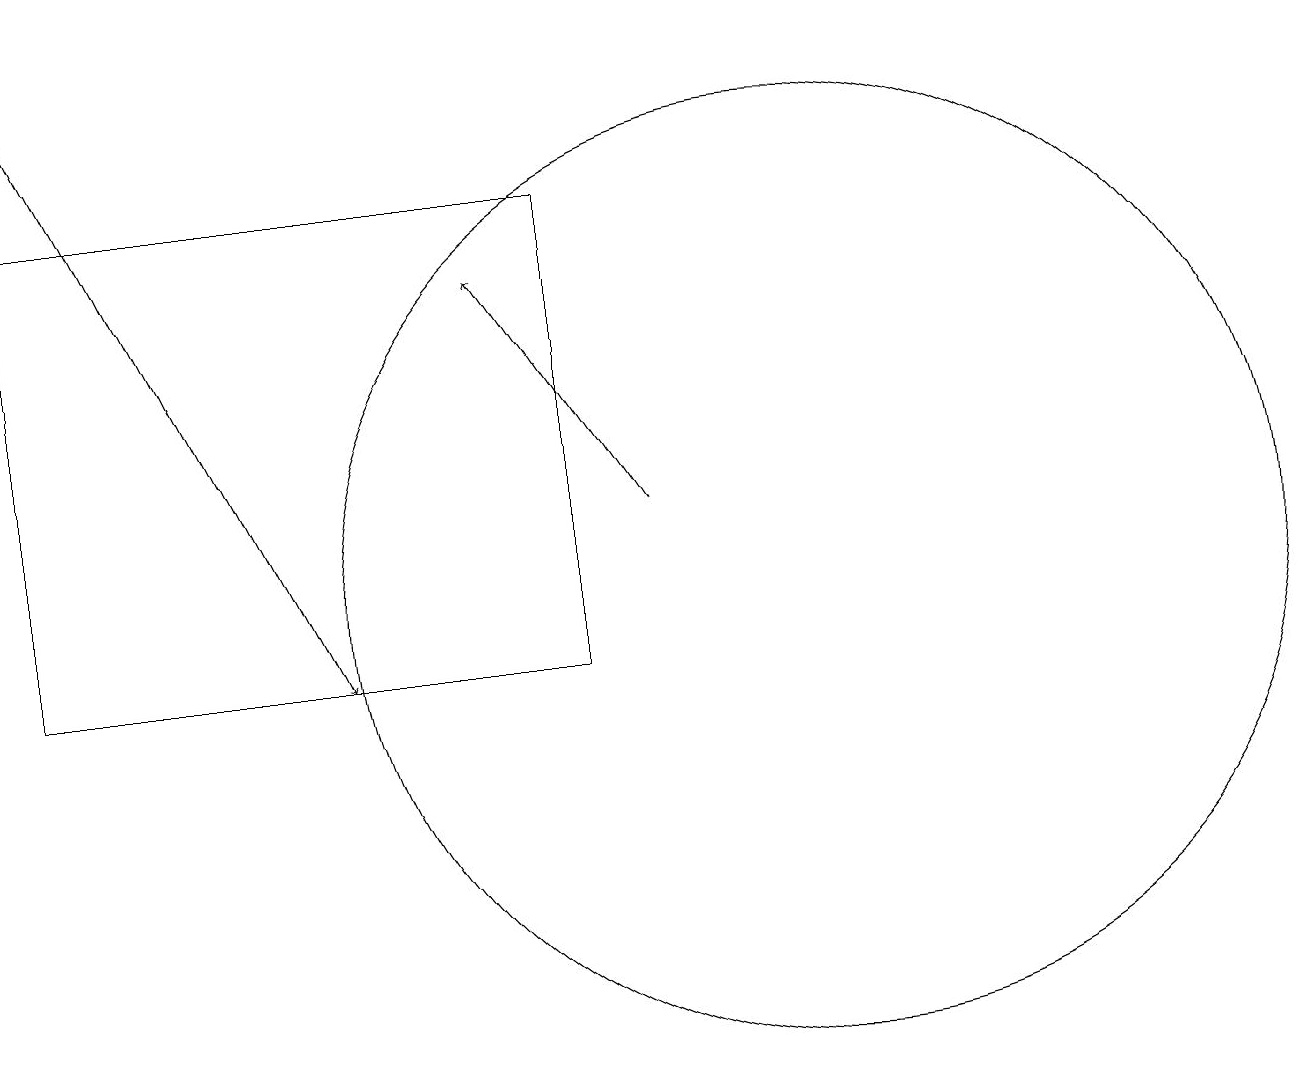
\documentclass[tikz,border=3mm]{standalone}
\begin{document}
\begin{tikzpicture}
\draw (8,10) rectangle (1,16);
\draw (11,11) circle (6);
\draw[->] (1,18) -- (5,10);
\draw[->] (9,12) -- (7,15);
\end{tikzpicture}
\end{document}